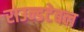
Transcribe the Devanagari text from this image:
राउन्डटेबल